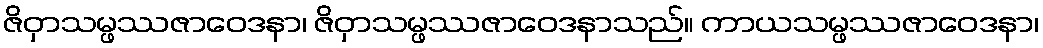
ဇိဝှာသမ္ဖဿဇာဝေဒနာ၊ ဇိဝှာသမ္ဖဿဇာဝေဒနာသည်။ ကာယသမ္ဖဿဇာဝေဒနာ၊